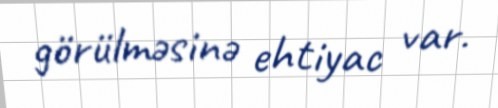
görülməsinə ehtiyac var.